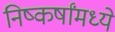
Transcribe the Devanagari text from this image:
निष्कर्षांमध्ये